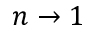
n \to 1